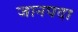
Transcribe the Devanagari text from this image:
जानपदा